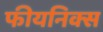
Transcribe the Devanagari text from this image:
फीयनिक्स